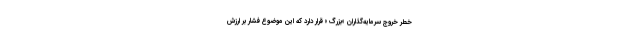
خطر خروج سرمایه‌گذاران «بزرگ» قرار دارد که این موضوع فشار بر ارزش